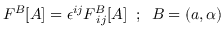
F ^ { B } [ A ] = \epsilon ^ { i j } F _ { \; i j } ^ { B } [ A ] \; \; ; \; \; B = \left( a , \alpha \right)